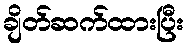
ချိတ်ဆက်ထားပြီး